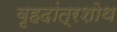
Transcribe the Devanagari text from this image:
वृहदांत्रशोथ